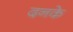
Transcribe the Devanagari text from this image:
दनके